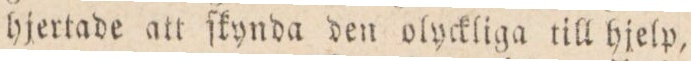
hjertade att ſkynade den olyckligt till hjelp,